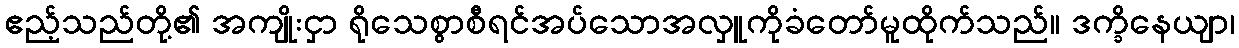
ဧည့်သည်တို့၏ အကျိုးငှာ ရိုသေစွာစီရင်အပ်သောအလှူကိုခံတော်မူထိုက်သည်။ ဒက္ခိနေယျာ၊